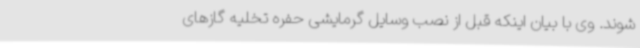
شوند. وی با بیان اینکه قبل از نصب وسایل گرمایشی حفره تخلیه گازهای